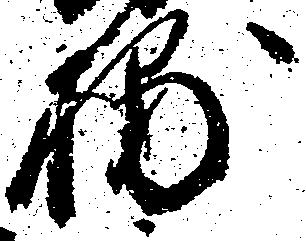
捕